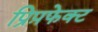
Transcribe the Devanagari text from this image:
प्रिप़फेक्ट